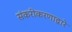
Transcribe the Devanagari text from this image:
संकरीकरणाद्वारे